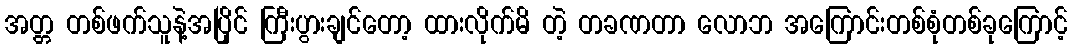
အတ္တ တစ်ဖက်သူနဲ့အပြိုင် ကြီးပွားချင်တော့ ထားလိုက်မိ တဲ့ တခဏတာ လောဘ အကြောင်းတစ်စုံတစ်ခုကြောင့်